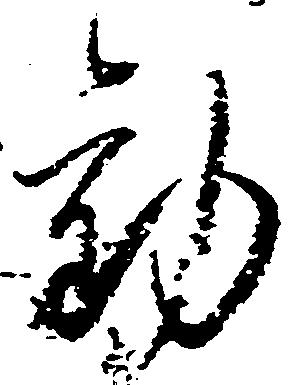
勧